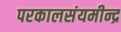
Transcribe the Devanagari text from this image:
परकालसंयमीन्द्र